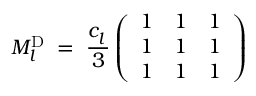
M _ { l } ^ { \mathrm { D } } \; = \; \frac { c _ { l } ^ { ~ } } { 3 } \left( \begin{array} { l l l } { { 1 } } & { { 1 } } & { { 1 } } \\ { { 1 } } & { { 1 } } & { { 1 } } \\ { { 1 } } & { { 1 } } & { { 1 } } \end{array} \right) \;